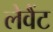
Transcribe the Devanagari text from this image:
लेवैंट